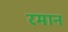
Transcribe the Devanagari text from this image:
रमान